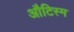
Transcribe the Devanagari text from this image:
औटिस्म